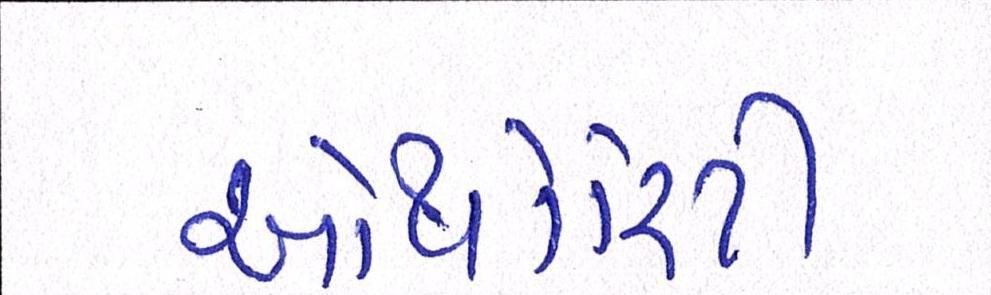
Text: ઓથોરિટી